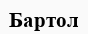
Бартол